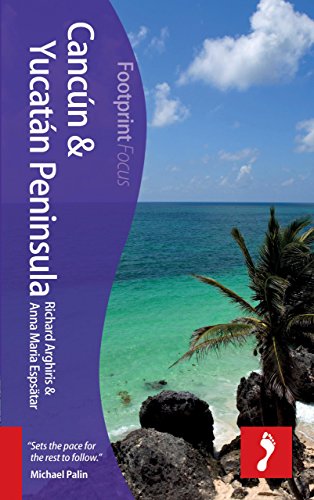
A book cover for CancÃºn & Yucatan Peninsula Focus Guide, 2nd (Footprint Focus); Richard Arghiris; Travel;